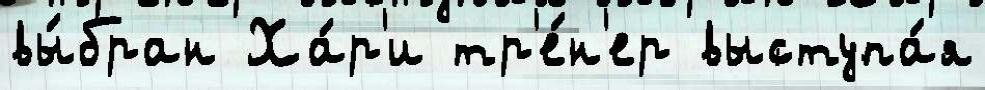
вы́бран Ха́р'и тр'е́н'ер выступа́я